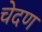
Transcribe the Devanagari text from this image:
चेदण